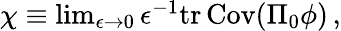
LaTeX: \begin{array}{r}{\chi\equiv\operatorname*{lim}_{\epsilon\rightarrow 0}\epsilon^{-1}\mathrm{tr}\, {\mathrm{Cov}(\Pi_{0}{{\phi}})}\, ,}\end{array}